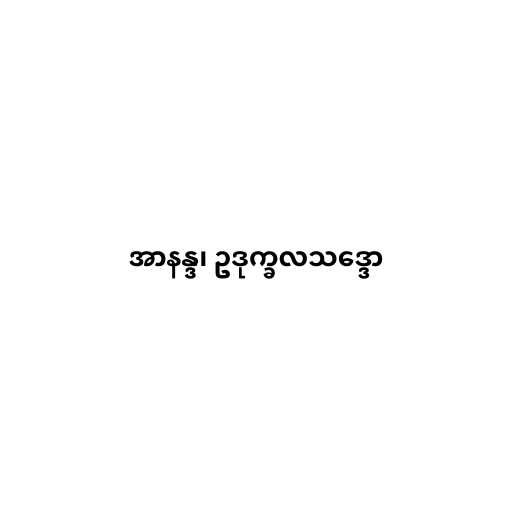
အာနန္ဒ၊ ဥဒုက္ခလသဒ္ဒော